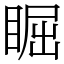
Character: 𥇣